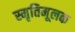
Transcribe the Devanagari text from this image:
स्मृतिमूलक